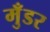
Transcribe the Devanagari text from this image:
मुँडर